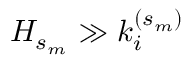
H _ { s _ { m } } \gg k _ { i } ^ { ( s _ { m } ) }